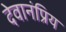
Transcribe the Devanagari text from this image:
देवानंप्रिय